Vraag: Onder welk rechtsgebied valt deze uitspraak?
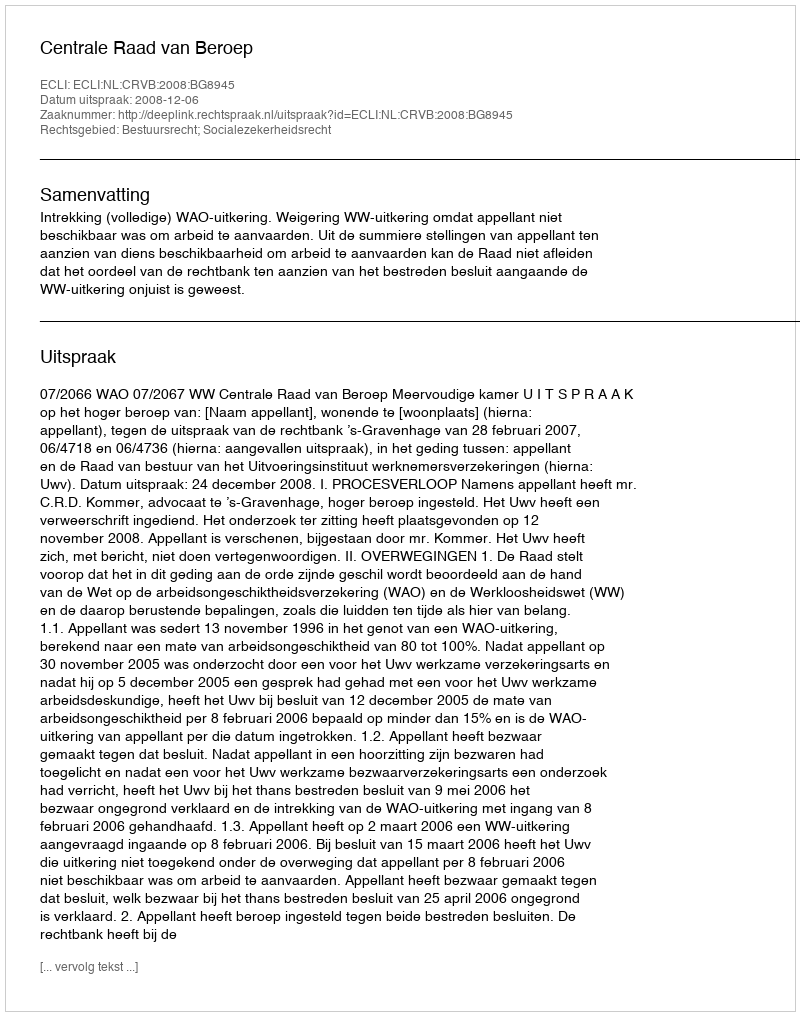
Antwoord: Bestuursrecht; Socialezekerheidsrecht